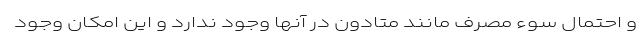
و احتمال سوء مصرف مانند متادون در آنها وجود ندارد و این امکان وجود